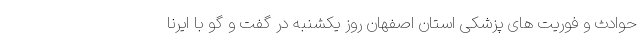
حوادث و فوریت های پزشکی استان اصفهان روز یکشنبه در گفت و گو با ایرنا